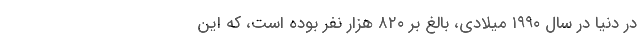
در دنیا در سال ۱۹۹۰ میلادی، بالغ بر ۸۲۰ هزار نفر بوده است، که این